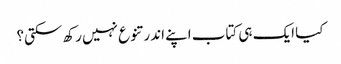
کیا ایک ہی کتاب اپنے اندر تنوع نہیں رکھ سکتی؟